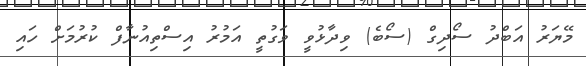
މޭޔަރު އަބްދު ސޯދިގް (ސޯބެ) ވިދާޅުވީ ވަގުތީ އަމުރު އިސްތިއުނާފް ކުރުމަށް ހައި